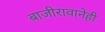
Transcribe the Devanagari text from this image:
बाजीरावानेही